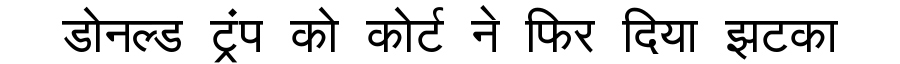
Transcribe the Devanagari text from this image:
डोनल्ड ट्रंप को कोर्ट ने फिर दिया झटका